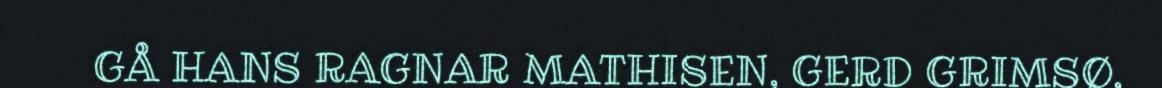
GÅ HANS RAGNAR MATHISEN, GERD GRIMSØ,